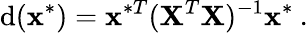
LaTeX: \mathrm{d}(\textbf{{x}}^{*})=\textbf{{x}}^{*T}(\textbf{{X}}^{T}\textbf{{X}})^{-1}\textbf{{x}}^{*}\: .